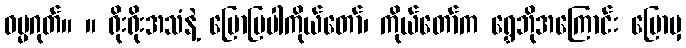
ဓမ္မဂုတ်။ ။ ရိုးရိုးအသံနဲ့ ပြောပြပါကိုယ်တော်၊ ကိုယ်တော်က ရွှေဘိုအကြောင်း ပြောမှ